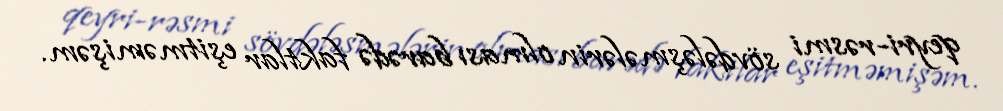
qeyri-rəsmi sövdələşmələrin olması barədə faktlar eşitməmişəm.